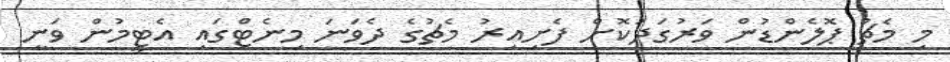
މި މެޗު ޕޮލެންޑުން ވަރުގަދަކޮށް ފެށިއިރު މެޗުގެ ދެވަނަ މިނެޓްގައި އެޓީމުން ވަނީ